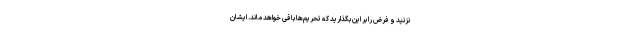
نزنید و فرض را بر این بگذارید که تحریم‌ها باقی خواهد ماند. ایشان